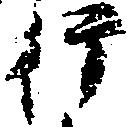
行